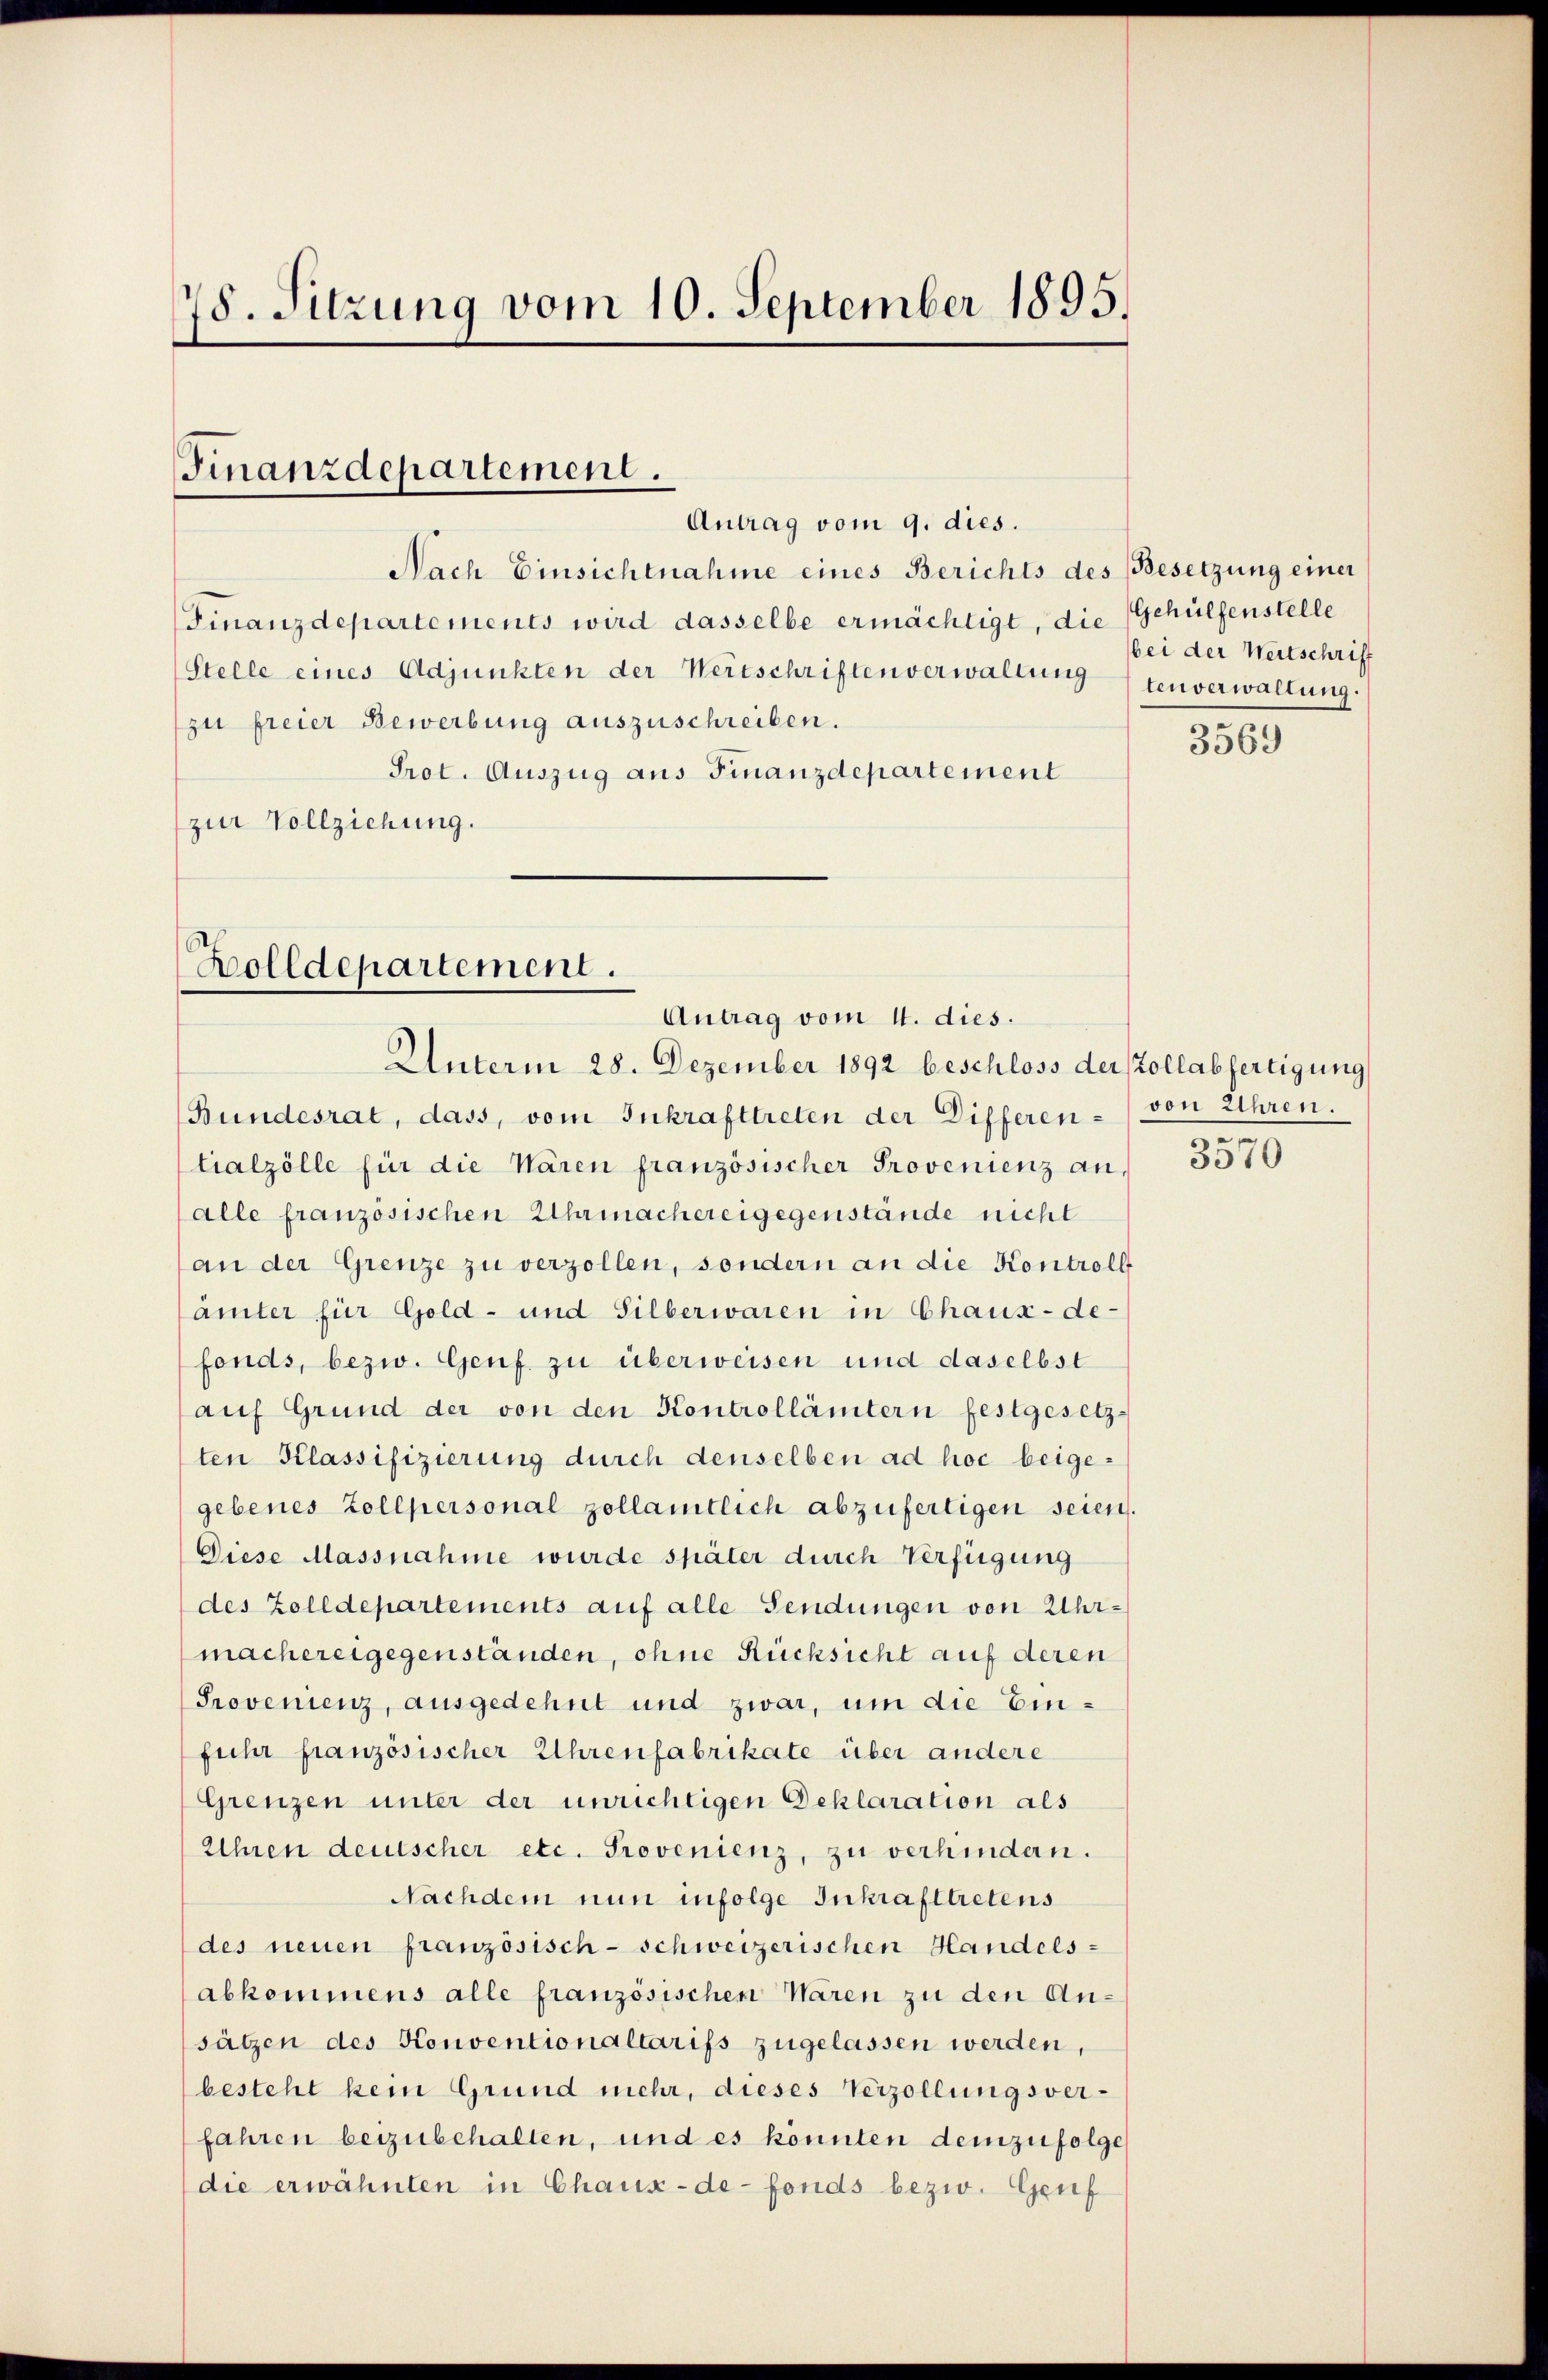
78. Sitzung vom 10. September 1895.

Finanzdepartement.
Antrag vom 9. dies.

Holldepartement.
Antrag vom 11. dies.
Unterm 28. Dezember 1892 beschloss der Kollabfertigung

Nach Einsichtnahme eines Berichts des Besetzung einer
Finanzdepartements wird dasselbe ermächtigt, die Gehülfenstelle
Stelle eines Adjunkten der Wertschriften verwaltung (tenverwaltung.
zu freier Bewerbung auszuschreiben.
Prot. Auszug aus Finanzdepartement
zur Vollziehung.

bei der Wertschrift

Bundesrat, dass, vom Inkrafttreten der Differen-
tialzölle für die Wären französischer Provenienz an,
alle französischen Uhrmachereigegenstände nicht
an der Grenze zu verzollen, sondern an die Kontroll
ämter für Gold- und Silberwaren in Chaux-de-
fonds, bezw. Genf. zu überweisen und daselbst
auf Grund der von den Kontrollämtern festgesetz-
ten Klassifizierung durch denselben ad hoc beigegebenes Zollpersonal zollamtlich abzufertigen seien.
Diese Massnahme wurde später durch Verfügung
des Zolldepartements auf alle Sendungen von Uhrmachereigegenständen, ohne Rücksicht auf deren
Provenienz, ausgedehnt und zwar, um die Einfuhr französischer Uhrenfabrikate über andere
Grenzen unter der unrichtigen Deklaration als
Uhren deutscher etc. Provenienz, zu verhindern.
Nachdem nun infolge Inkrafttretens
des neuen französisch-schweizerischen Handels-
abkommens alle französischen Waren zu den Ansätzen des Konventionaltarifs zugelassen werden,
besteht kein Grund mehr, dieses Verzollungsverfahren beizubehalten, und es konnten demzufolge
die erwähnten in Chaux-de-fonds bezw. Genf

3569

von Ehren.
3

5070